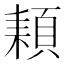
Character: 𩓕